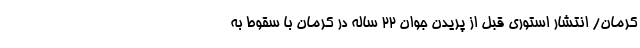
کرمان/ انتشار استوری قبل از پریدن جوان 22 ساله در کرمان با سقوط به